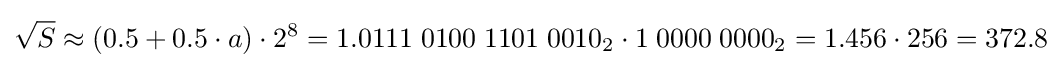
{\sqrt {S}}\approx (0.5+0.5\cdot a)\cdot 2^{8}=1.0111\;0100\;1101\;0010_{2}\cdot 1\;0000\;0000_{2}=1.456\cdot 256=372.8